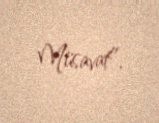
Müsavat”.